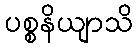
ပစ္စနိယျာသိ